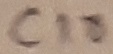
Text: C10